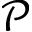
\mathcal { P }